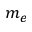
m _ { e }